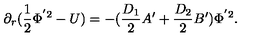
\partial _ { r } ( \frac { 1 } { 2 } \Phi ^ { ' 2 } - U ) = - ( \frac { D _ { 1 } } { 2 } A ^ { \prime } + \frac { D _ { 2 } } { 2 } B ^ { \prime } ) \Phi ^ { ' 2 } .